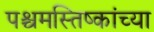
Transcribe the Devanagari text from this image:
पश्चमस्तिष्कांच्या